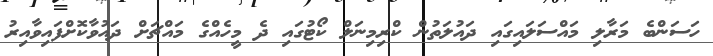
ހަސަންބެ މަރާލި މައްސަލައިގައި ދައުލަތުން ކްރިމިނަލް ކޯޓުގައި ދެ މީހެއްގެ މައްޗަށް ދައުވާކޮށްފައިވާއިރު